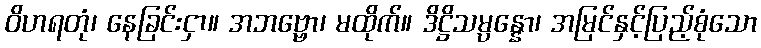
ဝိဟရတုံ၊ နေခြင်းငှာ။ အဘဗ္ဗော၊ မထိုက်။ ဒိဋ္ဌိသမ္ပန္နော၊ အမြင်နှင့်ပြည့်စုံသော